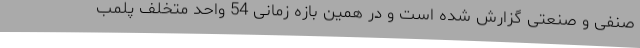
صنفی و صنعتی گزارش شده است و در همین بازه زمانی 54 واحد متخلف پلمب